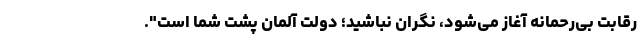
رقابت بی‌رحمانه آغاز می‌شود، نگران نباشید؛ دولت آلمان پشت شما است".